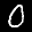
Label: 0